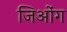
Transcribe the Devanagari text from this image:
जिओंग